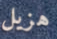
هزيل